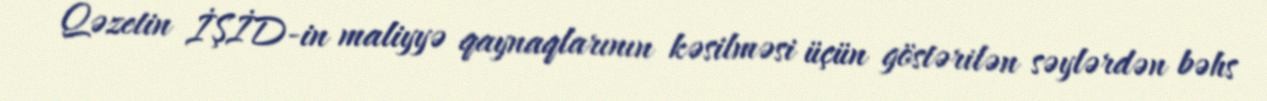
Qəzetin İŞİD-in maliyyə qaynaqlarının kəsilməsi üçün göstərilən səylərdən bəhs